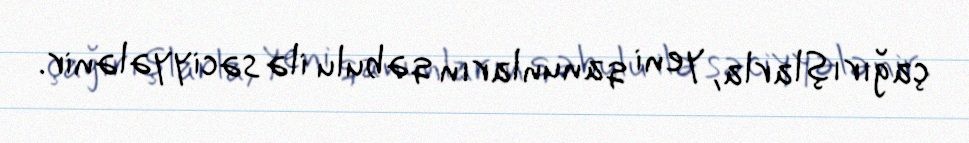
çağırışlarla, yeni qanunların qəbulu ilə səciyyələnir.